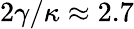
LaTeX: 2\gamma/\kappa\approx 2.7